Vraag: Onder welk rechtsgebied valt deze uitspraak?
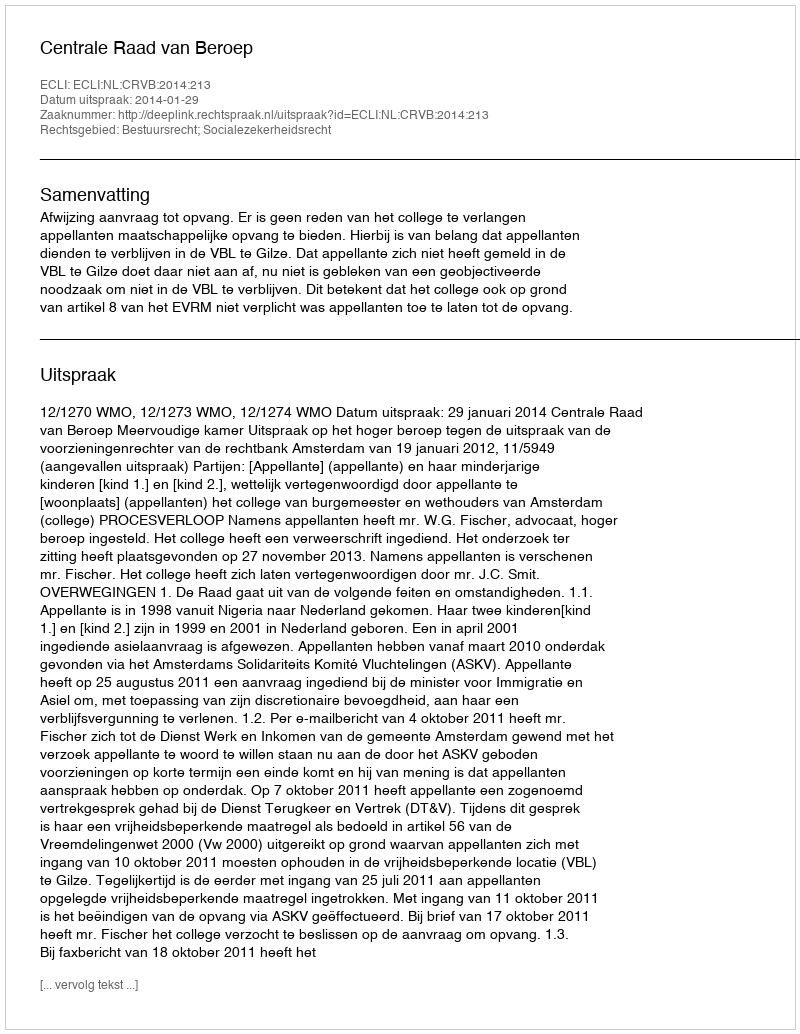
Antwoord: Bestuursrecht; Socialezekerheidsrecht